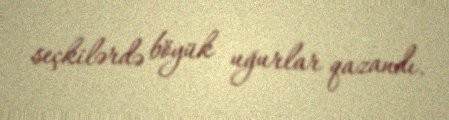
seçkilərdə böyük uğurlar qazandı.